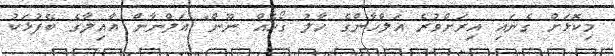
މިކޮޅަށް ގެނައި އިރަށްވުރެ އަލްހާންގެ ހާލު ގޯހެއް ނޫން" އަލްނާން އާއިލާގެ ބޭފުޅަކު